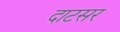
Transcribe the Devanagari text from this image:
दाटसर